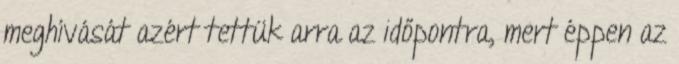
meghívását azért tettük arra az időpontra, mert éppen az